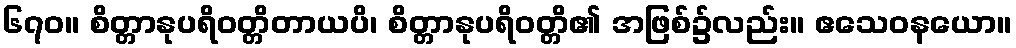
၆၇၀။ စိတ္တာနုပရိဝတ္တိတာယပိ၊ စိတ္တာနုပရိဝတ္တိ၏ အဖြစ်၌လည်း။ ဧသေဝနယော။